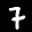
Digit: 7